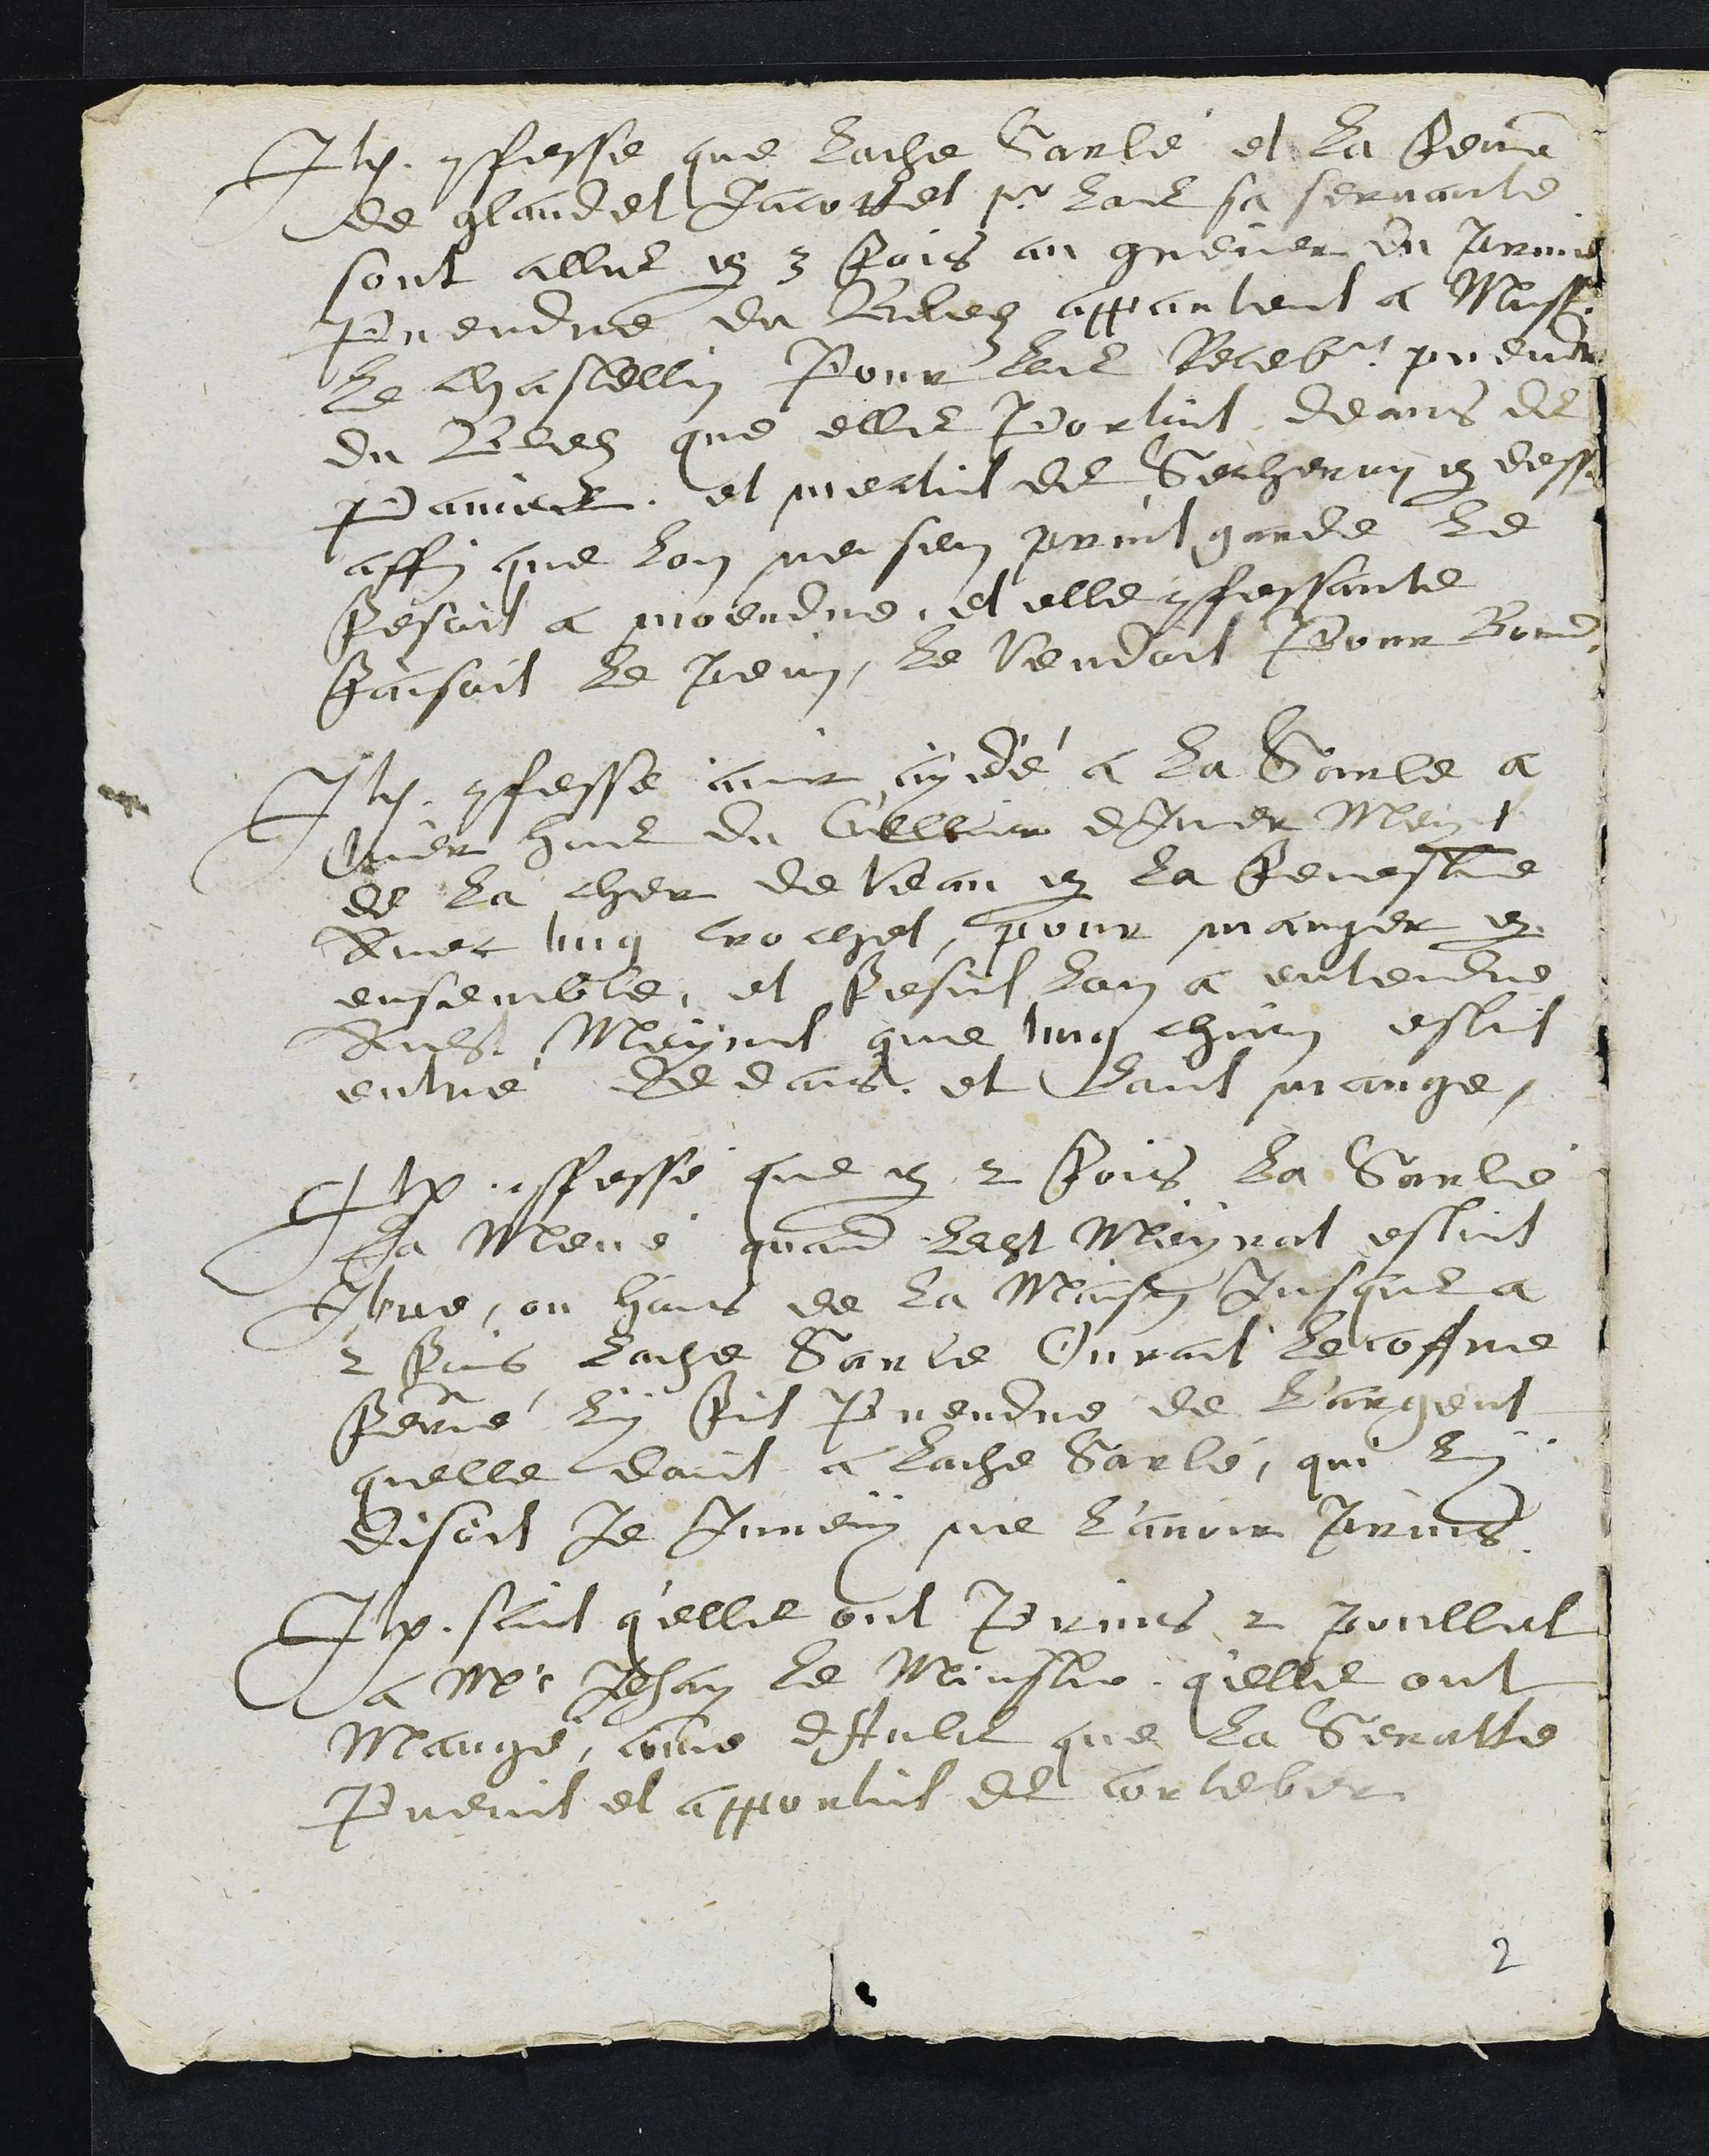
Item confesse que ladite Sarlé et la femme
de glaudet Jacottet pour lors sa servante
sont alles par 3 fois au grenier du Prince
prendre du Blez appartenant a Monsieur
le chastellin Pour lors Recebveur prenant
du Blez que elles portint deans des
Paniers et mectint de Secheray par dessus
affin que lon ne sen print garde le
fesoit a moeudre, et elle confessante
faisoit le pein, le vendoit Pour Bonne
Item confesse avoit aydé a la Sarle a
tirer hors du Cellier d Imer Meyrat
de la cher de Veau par la fenestre
Avec ung crochet, pour manger par
ensemble, et fesint lon a entendre
Audit Meyrat que ung chien estit
entré dedans, et lavit mange,
Item conffesse que par 2 fois la Sarlé
la mené quand ledit Meyrat estint
Jtue, ou haus de la Maison jusques a
2 fois ladite Sarle Ovrant le coffre
ferué luy fit prendre de largent
quelle doint a ladite Sarlé, que luy
disoit Je Jureray ne lavoir prins
Item sait q'elles ont prins 2 Poullet
a Mr Jehan le Ministre q'elles ont
Mangé, comme d Aultres que la Seratte
Prenit et apportit de Corteber
2